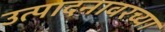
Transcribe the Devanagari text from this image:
उत्पादनावरच्या